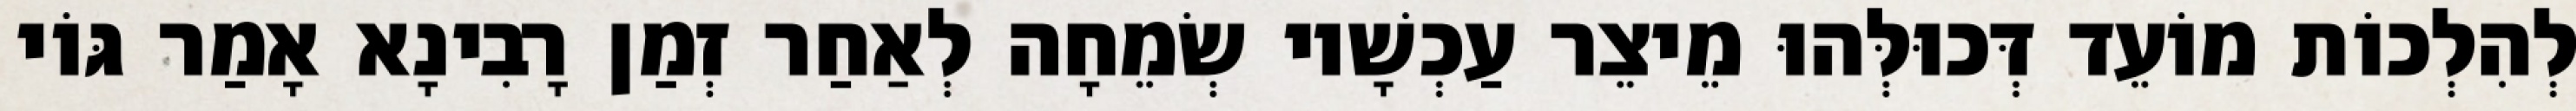
לְהִלְכוֹת מוֹעֵד דְּכוּלְּהוּ מֵיצֵר עַכְשָׁיו שְׂמֵחָה לְאַחַר זְמַן רָבִינָא אָמַר גּוֹי